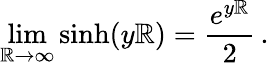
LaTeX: \operatorname*{lim}_{\mathbb{R}\to\infty}\sinh(y\mathbb{R})=\frac{{e^{y\mathbb{R}}}}{{2}}\, {.}